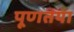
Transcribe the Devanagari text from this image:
पूणतया